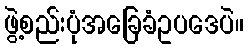
ဖွဲ့စည်းပုံအခြေခံဥပဒေပဲ။